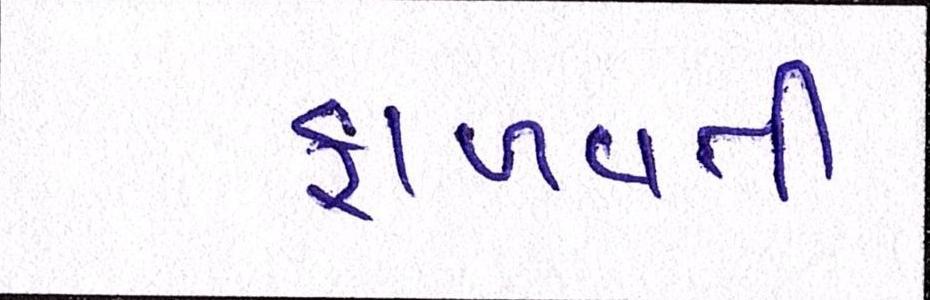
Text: ફાળવતી